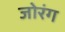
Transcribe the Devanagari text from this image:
जोरंग